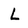
Character: L